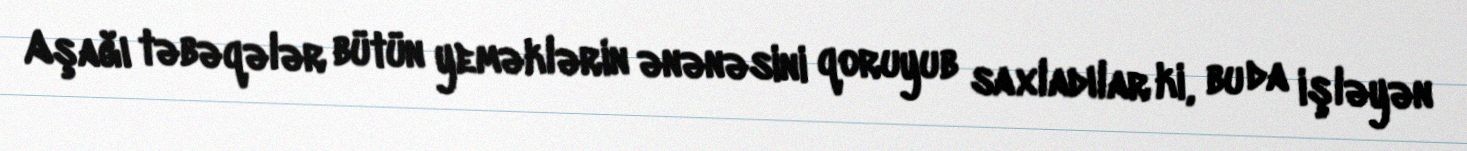
Aşağı təbəqələr bütün yeməklərin ənənəsini qoruyub saxladılar ki, bu da işləyən